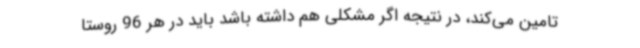
تامین می‌کند، در نتیجه اگر مشکلی هم داشته باشد باید در هر 96 روستا